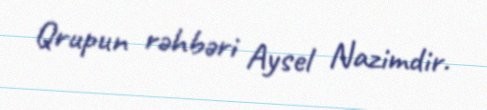
Qrupun rəhbəri Aysel Nazimdir.